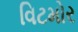
વિટમોર